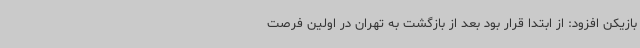
بازیکن افزود: از ابتدا قرار بود بعد از بازگشت به تهران در اولین فرصت